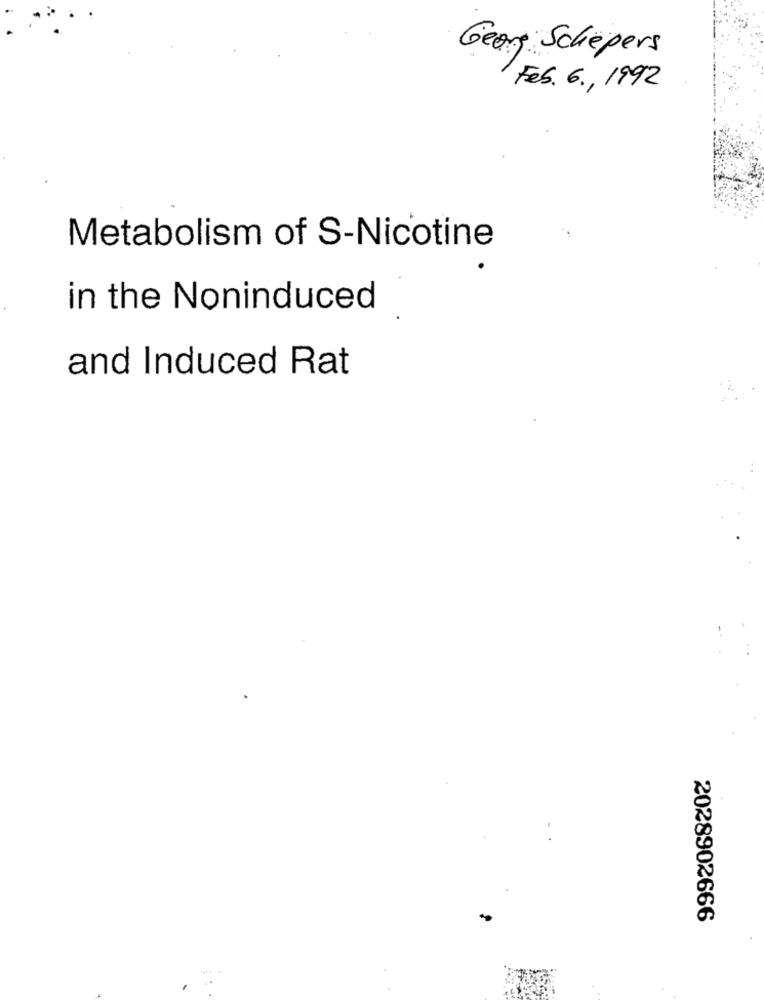
00
Georg Schepers
Feb. 6 ., 1992
Metabolism of S-Nicotine
in the Noninduced
and Induced Rat
2028902666